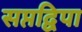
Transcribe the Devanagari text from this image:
सप्तद्विपा